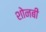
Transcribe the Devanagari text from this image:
शोनबी